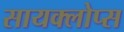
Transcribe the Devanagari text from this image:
सायक्लोप्स